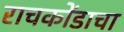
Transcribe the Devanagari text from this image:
राचकोंडाचा